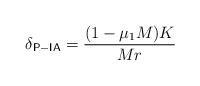
LaTeX: \begin{align*}\delta_{\mathsf{P-IA}} = \frac{(1-\mu_1 M)K}{Mr}\end{align*}